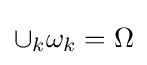
{\textstyle \cup _{k}\omega _{k}=\Omega }